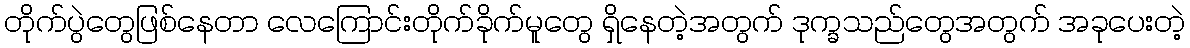
တိုက်ပွဲတွေဖြစ်နေတာ လေကြောင်းတိုက်ခိုက်မူတွေ ရှိနေတဲ့အတွက် ဒုက္ခသည်တွေအတွက် အခုပေးတဲ့